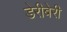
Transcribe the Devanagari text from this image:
डेरीबेरी